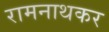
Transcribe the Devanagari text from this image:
रामनाथकर